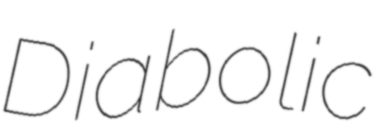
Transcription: Diabolic